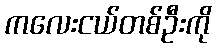
ကလေးငယ်တစ်ဦးကို